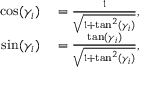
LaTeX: \begin{array} { r l } { \cos ( \gamma _ { i } ) } & { { } = { \frac { 1 } { \sqrt { 1 + \tan ^ { 2 } ( \gamma _ { i } ) } } } , } \\ { \sin ( \gamma _ { i } ) } & { { } = { \frac { \tan ( \gamma _ { i } ) } { \sqrt { 1 + \tan ^ { 2 } ( \gamma _ { i } ) } } } , } \end{array}